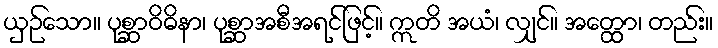
ယှဉ်သော။ ပုစ္ဆာဝိဓိနာ၊ ပုစ္ဆာအစီအရင်ဖြင့်။ ဣတိ အယံ၊ လျှင်။ အတ္ထော၊ တည်း။